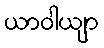
ယာဝါယျာ